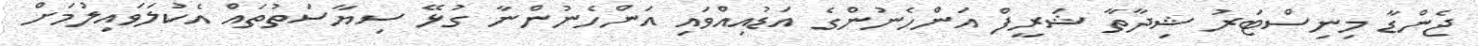
ޖެންޑާ މިނިސްޓަރު ޝިދާތާ ޝަރީފް އަންހެނުންގެ އަޑުއިއްވައި އަންހެނުންނާ ގުޅޭ ސިޔާސަތުތައް އެކުލަވައިލުމަށް